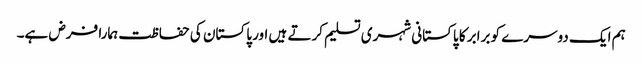
ہم ایک دوسرے کو برابر کا پاکستانی شہری تسلیم کرتے ہیں اور پاکستان کی حفاظت ہمارا فرض ہے۔